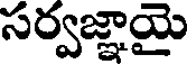
సర్వజ్ఞాయై